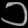
Digit: ၁